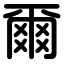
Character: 爾